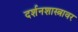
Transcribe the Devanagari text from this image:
दर्शनशास्त्रावर